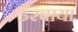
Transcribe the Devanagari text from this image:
डरवाया